Vaccination in Bombay 1889-1901 - 1889-1901
Year: 1889
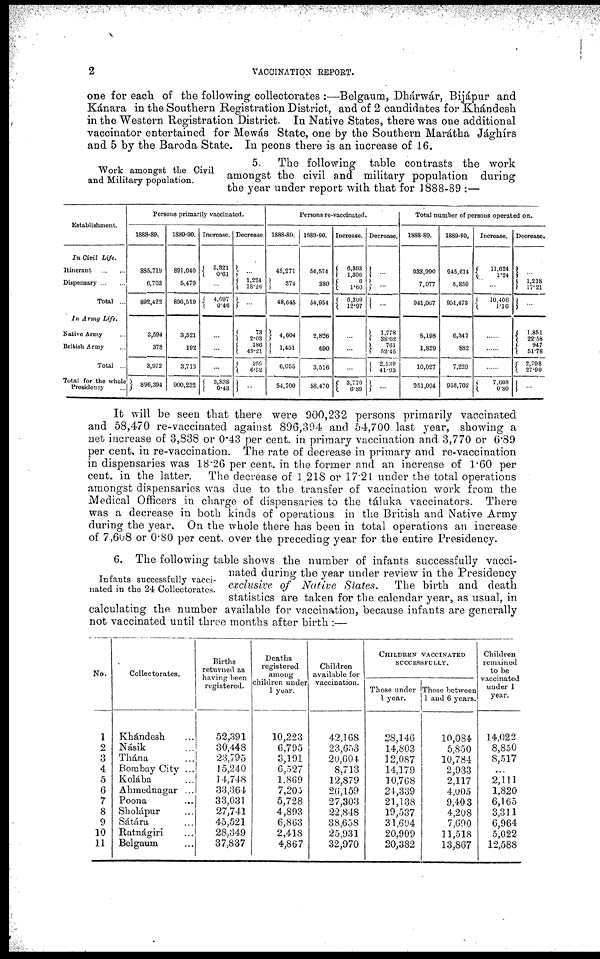
2
VACCINATION REPORT.
Work amongst the Civil
and Military population.
one for each of the following collectorates :—Belgaum, Dhárwár, Bijápur and
Kánara in the Southern Registration District, and of 2 candidates for Khándesh
in the Western Registration District. In Native States, there was one additional
vaccinator entertained for Mewás State, one by the Southern Marátha Jághírs
and 5 by the Baroda State. In peons there is an increase of 16.
5.
The following table contrasts the work
amongst the civil and military population during
the year under report with that for 1888-89 :—
Establishment.
In Civil Life.
Itinerant
...
...
Dispensary...
...
Total ...
In Army Life.
Native Army ...
British Army ...
Total ...
Total for the whole
Presidency ...
Persons primarily vaccinated.
1888-89.
885,719
6,703
892,422
3,594
378
3,972
896,394
1889-90.
891,040
5,479
896,519
3,521
192
3,713
900,232
Increase.
5,321
0.61
...
4,097
0.46
...
...
...
3,838
0.43
Decrease.
...
1,224
18.26
...
73
2.03
186
49.21
229
6.52
...
Persons re-vaccinated.
1888-89.
48,271
374
48,645
4,604
1,451
6,055
54,700
1889-90.
54,574
380
54,954
2,826
690
3,516
58,470
Increase.
6,303
1,306
6
1.60
6,309
12.97
...
...
...
3,770
6.89
Decrease.
...
...
...
1,778
38.62
761
52.45
2,539
41.93
...
Total number of persons operated on.
1888-89.
933,990
7,077
941,067
8,198
1,829
10,027
951,094
1889-90.
945,614
5,859
951,473
6,347
882
7,229
958,702
Increase.
11,624
1.24
...
10,406
1.16
......
......
......
7,608
0.80
Decrease.
...
1,218
17.21
...
1,851
22.58
947
51.78
2,798
27.90
...
It will be seen that there were 900,232 persons primarily vaccinated
and 58,470 re-vaccinated against 896,394 and 54,700 last year, showing a
net increase of 3,838 or 0.43 per cent. in primary vaccination and 3,770 or 6.89
per cent. in re-vaccination. The rate of decrease in primary and re-vaccination
in dispensaries was 18.26 per cent. in the former and an increase of 1.60 per
cent. in the latter.
The decrease of 1,218 or 17.21 under the total operations
amongst dispensaries was due to the transfer of vaccination work from the
Medical Officers in charge of dispensaries to the táluka vaccinators. There
was a decrease in both kinds of operations in the British and Native Army
during the year. On the whole there has been in total operations an increase
of 7,608 or 0.80 per cent. over the preceding year for the entire Presidency.
Infants successfully vacci-
nated in the 24 Collectorates.
6. The following table shows the number of infants successfully vacci-
nated during the year under review in the Presidency
exclusive of Native States.
The birth and death
statistics are taken for the calendar year, as usual, in
calculating the number available for vaccination, because infants are generally
not vaccinated until three months after birth :—
No.
1
2
3
4
5
6
7
8
9
10
11
Collectorates.
Khándesh ...
Násik ...
Thána ...
Bombay City ...
Kolába
Ahmednagar ...
Poona ...
Sholápur ...
Sátára ...
Ratnágiri ...
Belgaum ...
Births
returned as
having been
registered.
52,391
30,448
23,795
15,240
14,748
33,364
33,031
27,741
45,521
28,349
37,837
Deaths
registered
among
children under
1 year.
10,223
6,795
3,191
6,527
1,869
7,205
5,728
4,893
6,863
2,418
4,867
Children
available for
vaccination.
42,168
23,653
20,604
8,713
12,879
26,159
27,303
22,848
38,658
25,931
32,970
CHILDREN VACCINATED
SUCCESSFULLY.
Those under
1 year.
28,146
14,803
12,087
14,179
10,768
24,339
21,138
19,537
31,694
20,909
20,382
Those between
1 and 6 years.
10,084
5,850
10,784
2,933
2,117
4,005
9,403
4,208
7,690
11,518
13,867
Children
remained
to be
vaccinated
under 1
year.
14,022
8,850
8,517
...
2,111
1,820
6,165
3,311
6,964
5,022
12,588